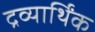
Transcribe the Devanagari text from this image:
द्रव्यार्थिंक